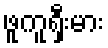
ဖူကူရှီးမား